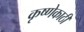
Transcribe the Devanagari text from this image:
कृष्णेकाठी